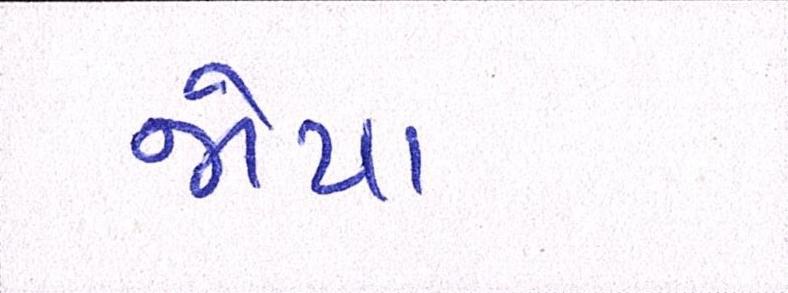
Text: જોયા